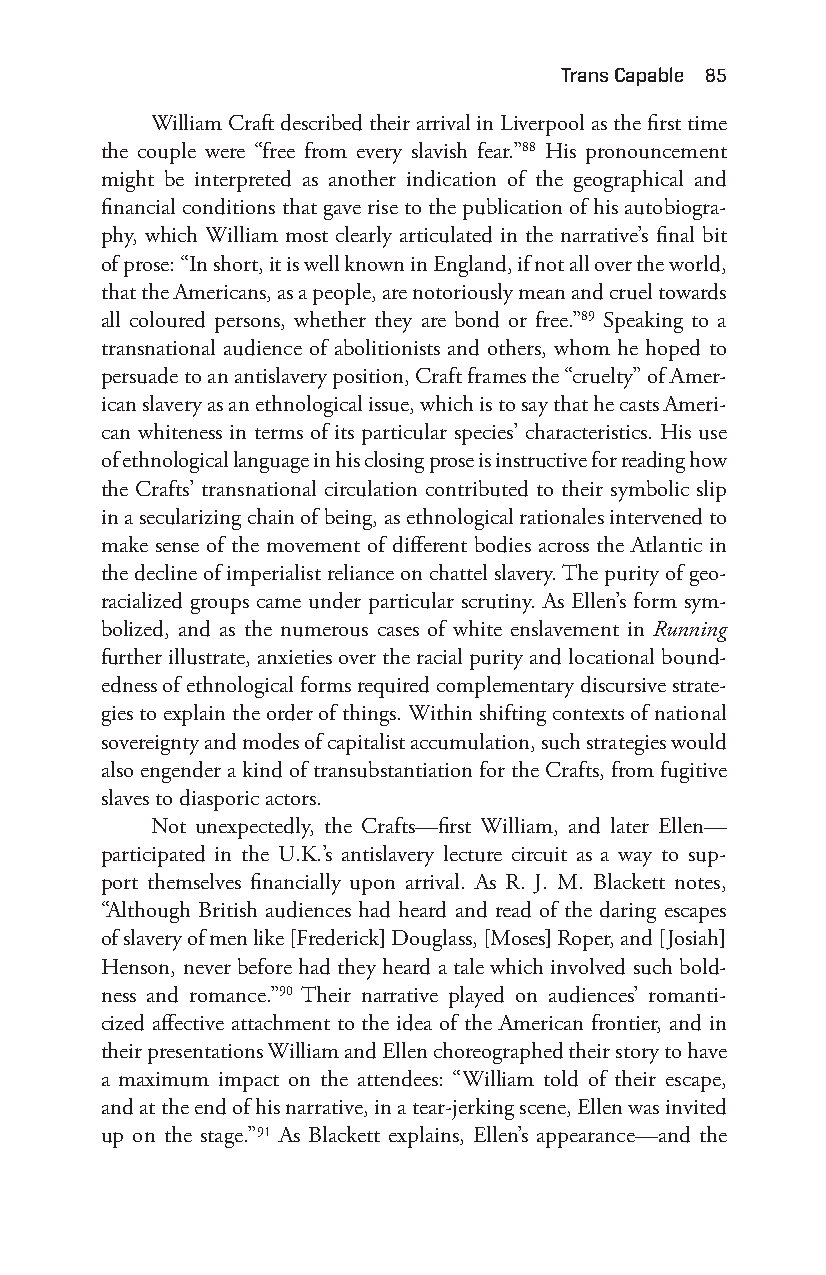
trans capable 85
 William Craft described their arrival in Liverpool as the first time
 the couple were “free from every slavish fear.”88 His pronouncement
 might be interpreted as another indication of the geographical and
 financial conditions that gave rise to the publication of his autobiogra-
 phy, which William most clearly articulated in the narrative’s final bit
 of prose: “In short, it is well known in England, if not all over the world,
 that the Americans, as a people, are notoriously mean and cruel towards
 all coloured persons, whether they are bond or free.”89 Speaking to a
 transnational audience of abolitionists and others, whom he hoped to
 persuade to an antislavery position, Craft frames the “cruelty” of Amer-
 ican slavery as an ethnological issue, which is to say that he casts Ameri-
 can whiteness in terms of its particular species’ characteristics. His use
 of ethnological language in his closing prose is instructive for reading how
 the Crafts’ transnational circulation contributed to their symbolic slip
 in a secularizing chain of being, as ethnological rationales intervened to
 make sense of the movement of different bodies across the Atlantic in
 the decline of imperialist reliance on chattel slavery. The purity of geo-
 racialized groups came under particular scrutiny. As Ellen’s form sym-
 bolized, and as the numerous cases of white enslavement in Running
 further illustrate, anxieties over the racial purity and locational bound-
 edness of ethnological forms required complementary discursive strate-
 gies to explain the order of things. Within shifting contexts of national
 sovereignty and modes of capitalist accumulation, such strategies would
 also engender a kind of transubstantiation for the Crafts, from fugitive
 slaves to diasporic actors.
 Not unexpectedly, the Crafts— first William, and later Ellen—
 participated in the U.K.’s antislavery lecture circuit as a way to sup-
 port themselves financially upon arrival. As R. J. M. Blackett notes,
 “Although British audiences had heard and read of the daring escapes
 of slavery of men like [Frederick] Douglass, [Moses] Roper, and [Josiah]
 Henson, never before had they heard a tale which involved such bold-
 ness and romance.”90 Their narrative played on audiences’ romanti-
 cized affective attachment to the idea of the American frontier, and in
 their presentations William and Ellen choreographed their story to have
 a maximum impact on the attendees: “William told of their escape,
 and at the end of his narrative, in a tear- jerking scene, Ellen was invited
 up on the stage.”91 As Blackett explains, Ellen’s appearance— and the
 Snorton.indd 85                             29/09/2017 8:41:02 AM